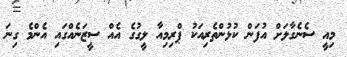
މިއީ ސެނެގާލަށް އުފަން ކުޅުންތެރިއަކު ޕްރިމިއާ ލީގުގެ އެއް ސީޒަނެއްގައި އެންމެ ގިނަ